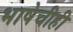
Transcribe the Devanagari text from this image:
भाषेचीही